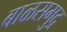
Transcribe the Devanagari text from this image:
बाळसमुद्र